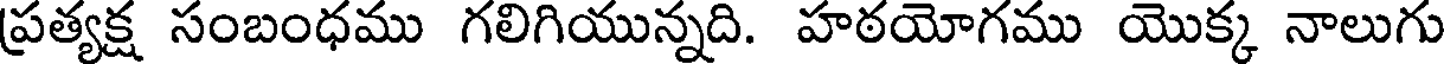
ప్రత్యక్ష సంబంధము గలిగియున్నది. హఠయోగము యొక్క నాలుగు